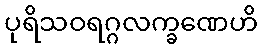
ပုရိသဝရဂ္ဂလက္ခဏေဟိ